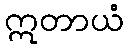
ဣတာယံ